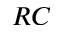
R C